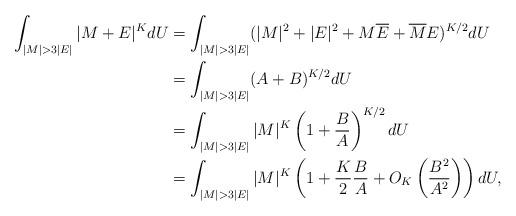
LaTeX: \begin{align*} \int_{|M| > 3 |E|} |M+E|^K dU & = \int_{|M| > 3 |E|} (|M|^2 + |E|^2 + M\overline{E} + \overline{M}E) ^{K/2} dU \\ & = \int_{|M| > 3 |E|} (A + B) ^{K/2} dU \\ & = \int_{|M| > 3 |E|} |M|^K \left(1+\frac{B}{A}\right)^{K/2} dU \\ & = \int_{|M| > 3 |E|} |M|^K \left(1+\frac{K}{2}\frac{B}{A} + O_K\left(\frac{B^2}{A^2}\right)\right) dU,\end{align*}